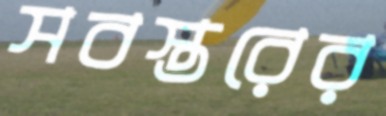
সবস্তরের